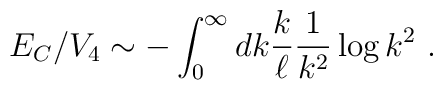
E_C/V_4 \sim  -  \int^\infty_0 dk {k\over \ell} {1\over k^2}\log k^2 \ .